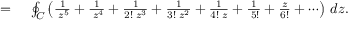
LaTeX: \begin{array} { r l } { = { } } & { { } \oint _ { C } \left( { \frac { 1 } { \; z ^ { 5 } } } + { \frac { 1 } { \; z ^ { 4 } } } + { \frac { 1 } { 2 ! \; z ^ { 3 } } } + { \frac { 1 } { 3 ! \; z ^ { 2 } } } + { \frac { 1 } { 4 ! \; z } } + { \frac { 1 } { \; 5 ! } } + { \frac { z } { 6 ! } } + \cdots \right) \, d z . } \end{array}